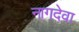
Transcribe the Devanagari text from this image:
नागदेवा